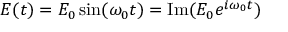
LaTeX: E ( t ) = E _ { 0 } \sin ( \omega _ { 0 } t ) = \operatorname { I m } ( E _ { 0 } e ^ { i \omega _ { 0 } t } )